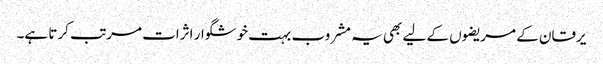
یرقان کے مریضوں کے لیے بھی یہ مشروب بہت خوشگوار اثرات مرتب کرتا ہے۔